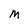
Character: M